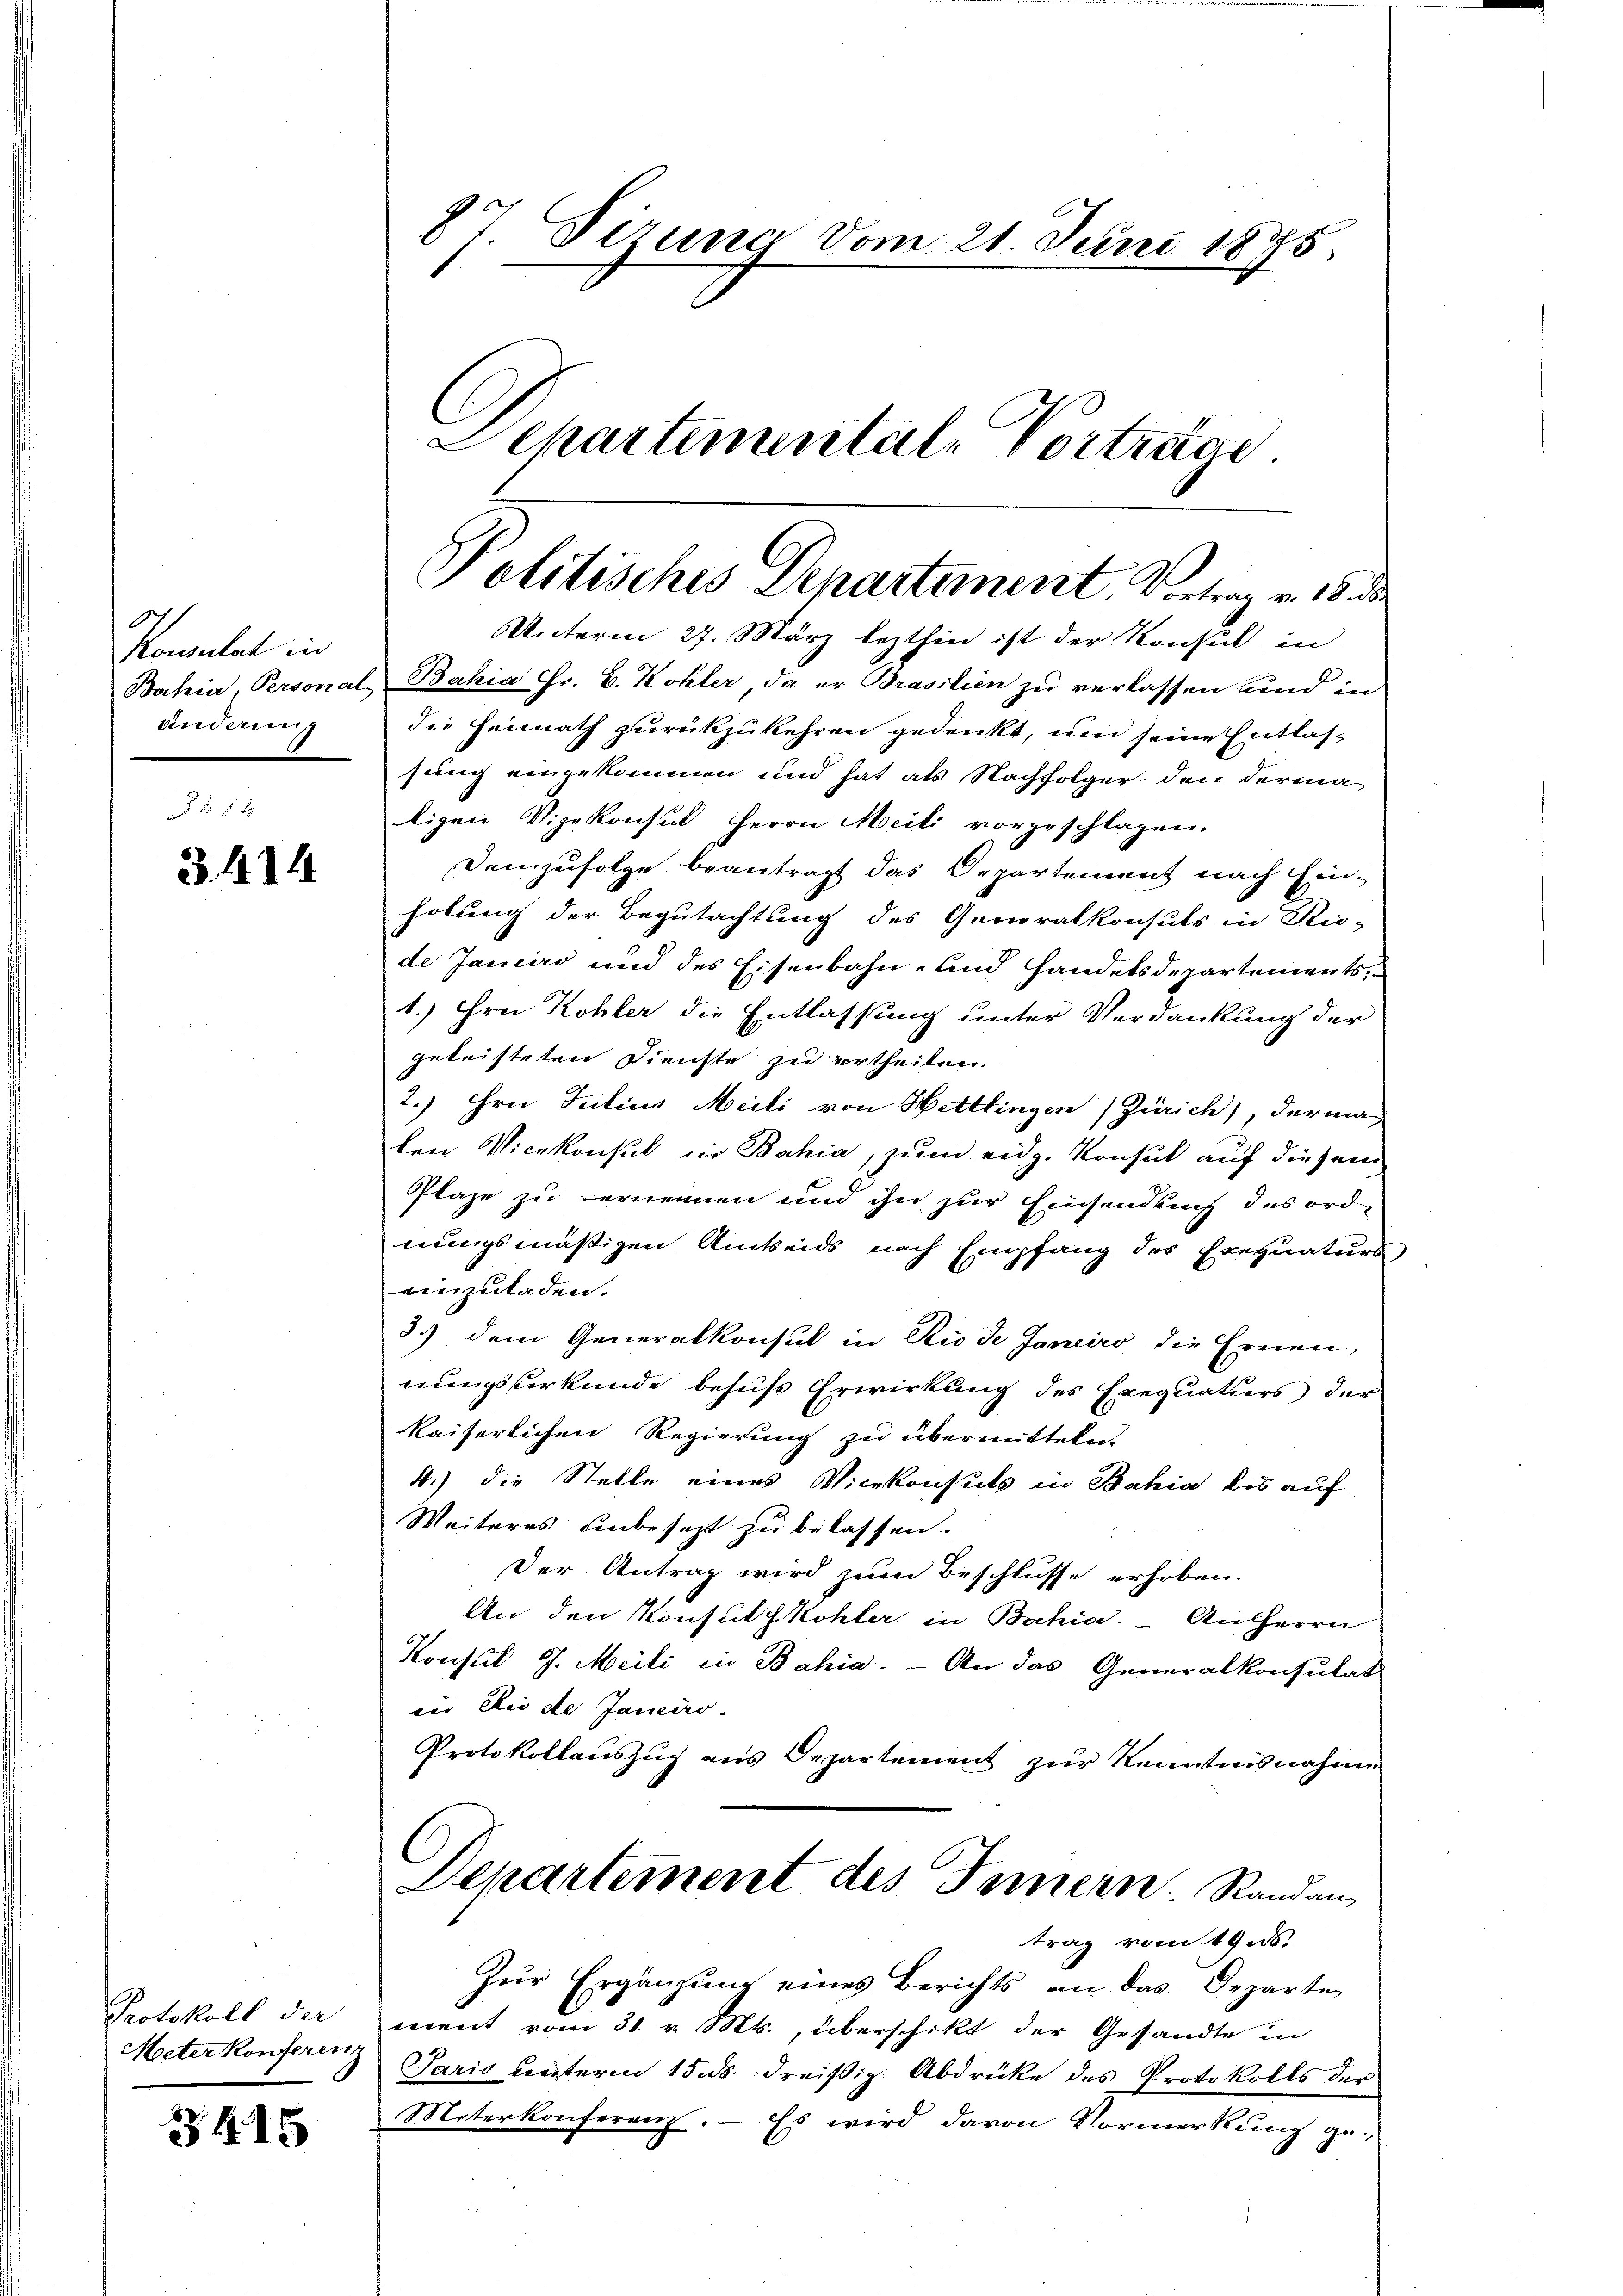
g
Konsulat in
änderung

3. 414

Protokoll der
Meter Konferenz

3415

87 Sizung vom 21. Juni 1875.
Sckartementale Vortrage.

Politisches Departement, Vortrag v. 18. de

Unterm 27. März lezthin ist der Konsul in
Bahia, Personal, Bahia Fr. B. Kohler, da er Brasilien zu verlassen und in
die Heimath zurückzukehren gedenkt, um seine Entlassung eingekommen und hat als Nachfolger den Ferina
ligen Vizekonsul Herrn Meili vorgeschlagen.
Demzufolge beantragt das Departement nach Einholung der Begutachtung des Generalkonsuls in Ric-
de Janeiro und des Eisenbahn- und Handelsdepartements,
1.) Frei Kohler die Entlassung unter Verdankung der
geleisteten Dienste zu ertheilen.
2.) Hrn Julius Meili von Hettlingen Zürich), dermag
ten Vicekonsul in Bahia, zum eidg. Konsul auf diesem
Plaze zu ernennen und ihn zur Einsendung des ordnungsmäßigen Amtseids nach Empfang des Exequaturs
einzuladen.
3.) dem Generalkonsul in Rio de Janeiro die Ernen
nungsurkunde besus Erwirkung des Exequatiers der
kaiserlichen Regierung zu übermitteln.
4.) die Stelle eines Vicekonsuls in Bahia bis auf
Weiteres unbesezt zu belassen.
Der Antrag wird zum Beschlusse erhoben.
An den Konsuls Kohler in Bochin. Ausherrn
Konsul G. Meili in Bahia. - An das Generalkonsulat
in die de Janeiro
Protokollauszug aus Departement zur Kenntnisnahme
Departement des Innern Randan
trag vom 19.ds.
Zŭr Ergänzŭng eines Berichts an das Departe
ment vom 31. v. Mts., überschikt der Gesandte in
Paris unterm 15. ds. dreißig Abdrücke des Protokolls der
Moterkonferenz. – Es wird davon Vormerkung ge¬